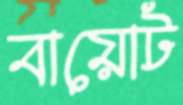
বায়োট